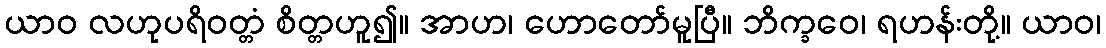
ယာဝ လဟုပရိဝတ္တံ စိတ္တဟူ၍။ အာဟ၊ ဟောတော်မူပြီ။ ဘိက္ခဝေ၊ ရဟန်းတို့။ ယာဝ၊